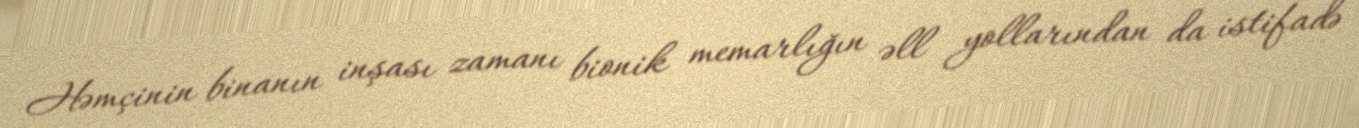
Həmçinin binanın inşası zamanı bionik memarlığın əll yollarından da istifadə